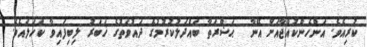
ކުރިއެވެ. އަންހެންކުއްޖާއަށް އޭނާ  ޙަޟްރަތާ ބައްދަލުކުރުމުގެ ދައުވަތުގެ ޚަބަރު ލިބިފައިވާ ކަހަލައެވެ.